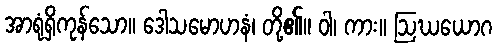
အာရုံရှိကုန်သော။ ဒေါသမောဟနံ၊ တို့၏။ ဝါ၊ ကား။ ဩဃယောဂ